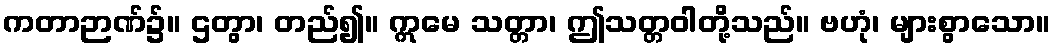
ကတာဉာဏ်၌။ ဌတွာ၊ တည်၍။ ဣမေ သတ္တာ၊ ဤသတ္တဝါတို့သည်။ ဗဟုံ၊ များစွာသော။